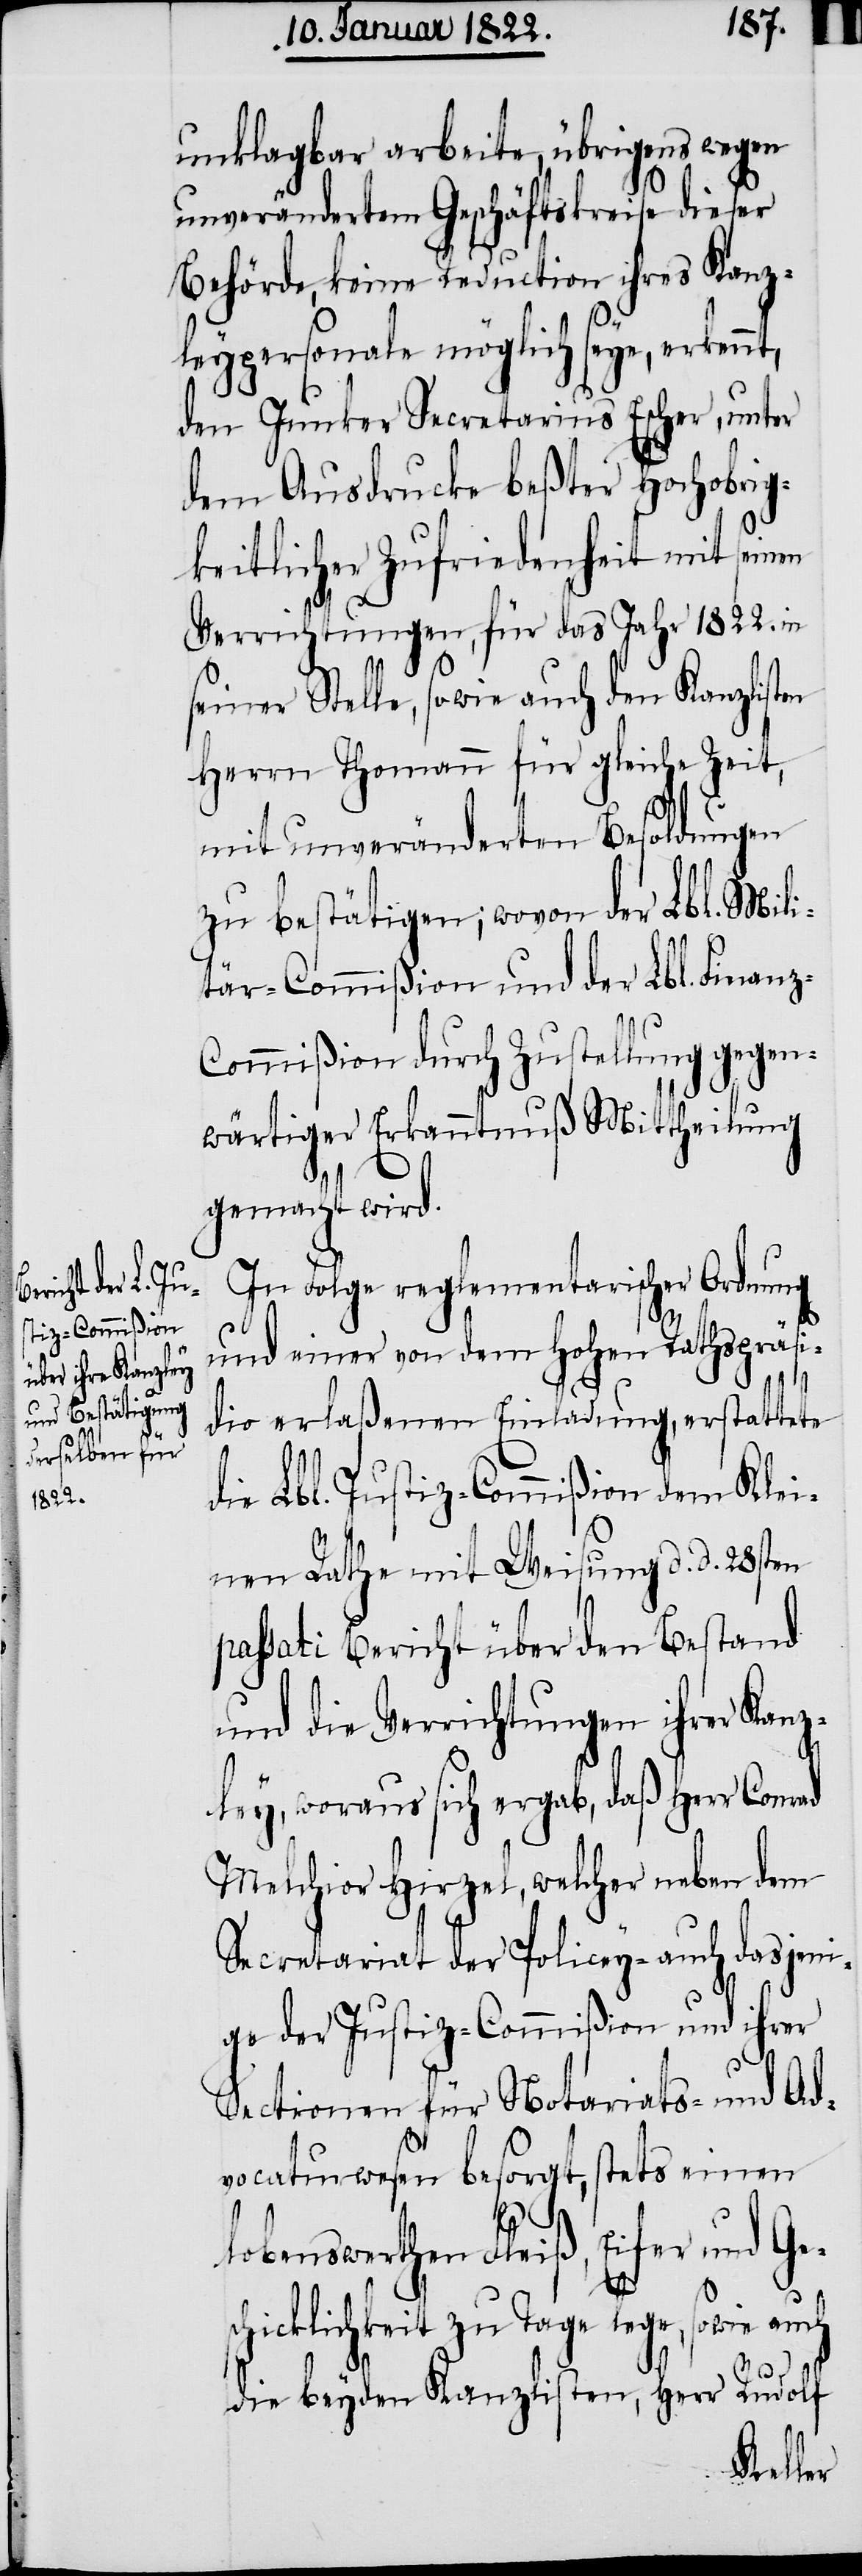
unklagbar arbeite, übrigens wegen
unverändertem Geschäftskreise dieser
Behörde, keine Reduction ihres Kanz¬
leypersonale möglich seye, erkennt,
den Junker Secretarius Escher, unter
dem Ausdrucke beßter Hochobrig¬
keitlicher Zufriedenheit mit sein¬
Verrichtungen, für das Jahr 1822. in
seiner Stelle, sowie auch den Kanzlisten
Herrn Thomann für gleiche Zeit,
mit unveränderten Besoldungen
zu bestätigen; wovon der Lbl. Mili¬
tär-Commißion und der Lbl. Finanz-C¬
ommißion durch Zustellung gegen¬
wärtiger Erkanntnus Mittheilung
gemacht wird.
In Folge reglementarischer Ordnung
und einer von dem Hohen Rathspräsi¬
en
dio erlaßenen Einladung, erstattete
die Lbl. Justiz-Commißion dem Klei¬
nen Rathe mit Weisung d. d. 18sten
passati Bericht über den Bestand
und die Verrichtungen ihrer Kanz¬
ley, woraus sich ergab, daß Herr Conrad
Melchior Hirzel, welcher neben dem
Secretariat der Policey- auch dasjeni¬
ge der Justiz-Commißion und ihrer
Sectionen für Notariats- und Ad¬
vocaturwesen besorgt, stets einen
lobenswerthen Fleiß, Eifer und Ges¬
chicklichkeit zu Tage lege, sowie auch
die beyden Kanzlisten, Herr Rudolf